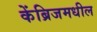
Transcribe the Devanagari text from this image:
केंब्रिजमधील